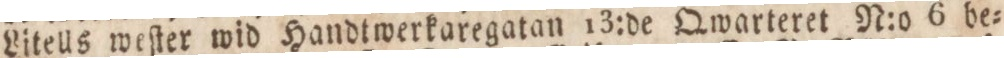
Litells weſter wid Handtwerkaregatan 13:de Qwarteret N:o 6 be=